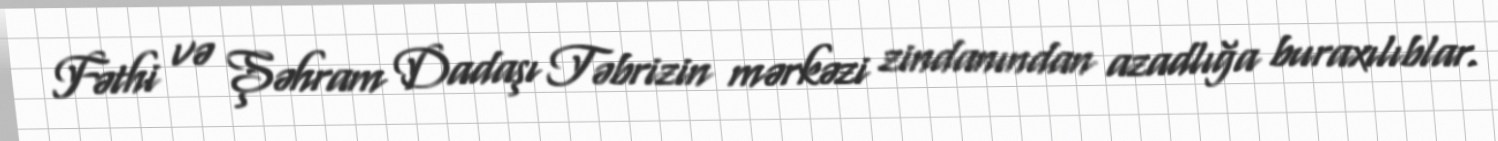
Fəthi və Şəhram Dadaşı Təbrizin mərkəzi zindanından azadlığa buraxılıblar.